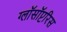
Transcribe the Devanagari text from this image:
ग्लॉसॉप्टरिस